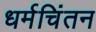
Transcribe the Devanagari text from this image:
धर्मचिंतन